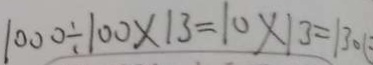
1 0 0 0 \div 1 0 0 \times 1 3 = 1 0 \times 1 3 = 1 3 0 (